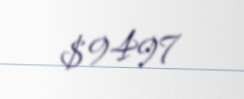
$ 9497